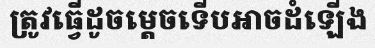
ត្រូវធ្វើដូចម្តេចទើបអាចដំឡើង